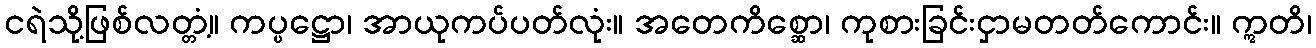
ငရဲသို့ဖြစ်လတ္တံ့။ ကပ္ပဋ္ဌော၊ အာယုကပ်ပတ်လုံး။ အတေကိစ္ဆော၊ ကုစားခြင်းငှာမတတ်ကောင်း။ ဣတိ၊